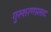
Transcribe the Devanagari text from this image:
गुरुशरणप्रसाद